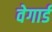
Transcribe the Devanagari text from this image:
वेगार्ड